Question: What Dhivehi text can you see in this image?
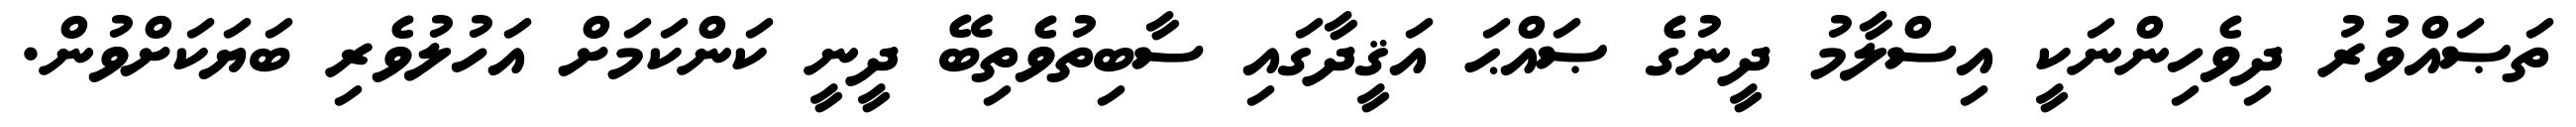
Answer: ތަޞައްވުރު ދިވެހިންނަކީ އިސްލާމު ދީނުގެ ޞައްޙަ އަޤީދާގައި ސާބިތުވެތިބޭ ދީނީ ކަންކަމަށް އަހުލުވެރި ބަޔަކަށްވުން.